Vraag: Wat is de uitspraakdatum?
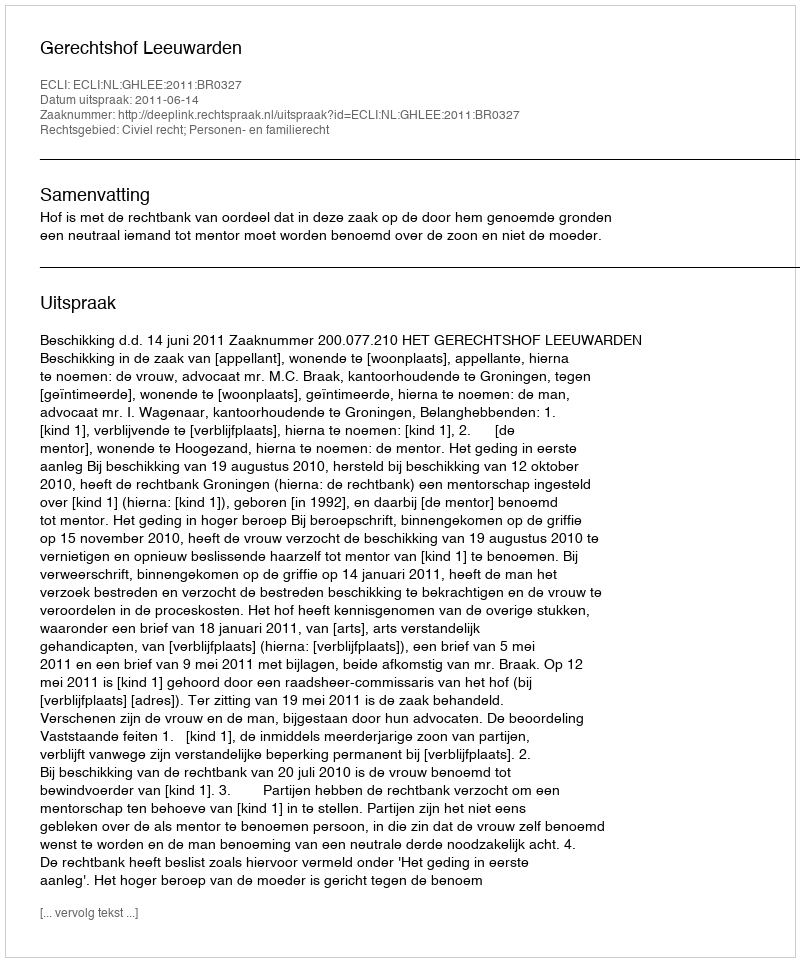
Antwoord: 2011-06-14